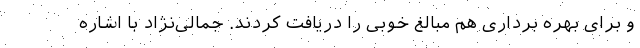
و برای بهره برداری هم مبالغ خوبی را دریافت کردند. جمالی‌نژاد با اشاره